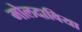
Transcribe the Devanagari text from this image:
मोलदाविया